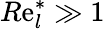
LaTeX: R\mathrm{e}_{l}^{*}\gg1